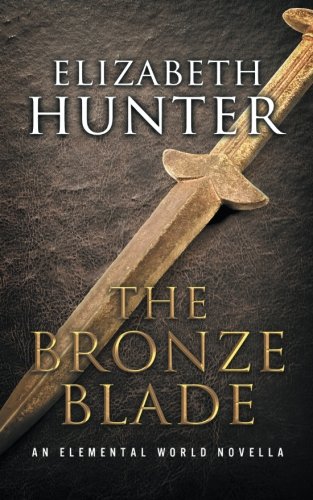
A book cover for The Bronze Blade: An Elemental World Novella (Volume 4); Elizabeth Hunter; Science Fiction & Fantasy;